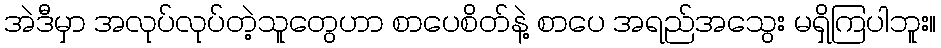
အဲဒီမှာ အလုပ်လုပ်တဲ့သူတွေဟာ စာပေစိတ်နဲ့ စာပေ အရည်အသွေး မရှိကြပါဘူး။